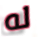
له